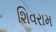
શિવરામ